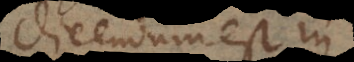
dicendum est in